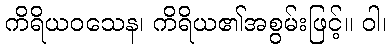
ကိရိယဝသေန၊ ကိရိယ၏အစွမ်းဖြင့်။ ဝါ၊